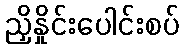
ညှိနှိုင်းပေါင်းစပ်